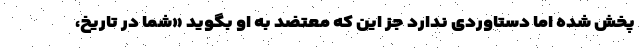
پخش شده اما دستاوردی ندارد جز این که معتضد به او بگوید «شما در تاریخ،